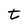
Character: t